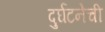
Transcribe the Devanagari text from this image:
दुर्घटनेची